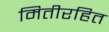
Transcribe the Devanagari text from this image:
मितीरहित